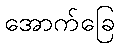
အောက်ခြေ